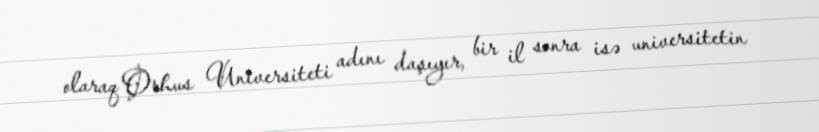
olaraq Orhus Universiteti adını daşıyır, bir il sonra isə universitetin